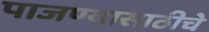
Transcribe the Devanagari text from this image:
पाजण्यासाठीचे